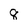
Character: 8